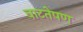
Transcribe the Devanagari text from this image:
वाटतेपण